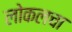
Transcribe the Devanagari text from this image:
लोकलचा